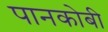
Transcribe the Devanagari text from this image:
पानकोबी